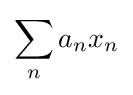
\sum _{n}a_{n}x_{n}